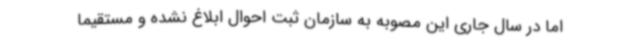
اما در سال جاری این مصوبه به سازمان ثبت احوال ابلاغ نشده و مستقیما